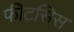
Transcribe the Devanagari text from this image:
फीटसिस